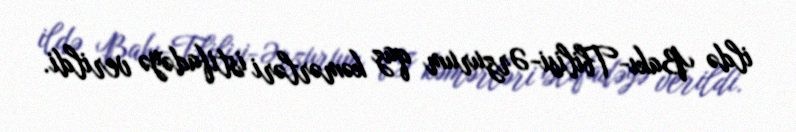
ildə Bakı-Tbilisi-Ərzurum qaz kəmərləri istifadəyə verildi.